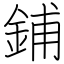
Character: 鋪